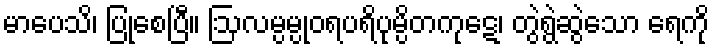
မာပေသိ၊ ပြုစေပြီ။ ဩလမ္ပမ္ပုဝရပရိပုမ္ပိတကုဋေ၊ တွဲရွဲဆွဲသော ရေကို